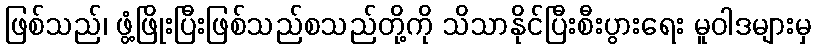
ဖြစ်သည်၊ ဖွံ့ဖြိုးပြီးဖြစ်သည်စသည်တို့ကို သိသာနိုင်ပြီးစီးပွားရေး မူဝါဒများမှ